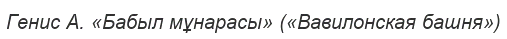
Генис А. «Бабыл мұнарасы» («Вавилонская башня»)